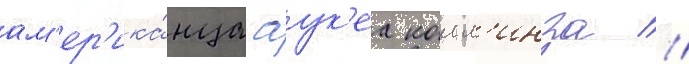
ам'ер'ика́нца аук'еа колл'инза //